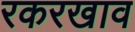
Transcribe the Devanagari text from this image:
रकरखाव